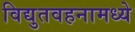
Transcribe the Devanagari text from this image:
विद्युतवहनामध्ये